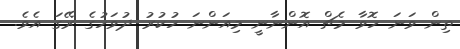
ތިން ވަނަ ހޮވާ މެޗް އޮންނާނީ މިއަންނަ ހުކުރު ދުވަހުގެ ރޭގަ އެވެ.